Civil Veterinary Department. United Provinces 1912-22 - 1912-1922
Year: 1912
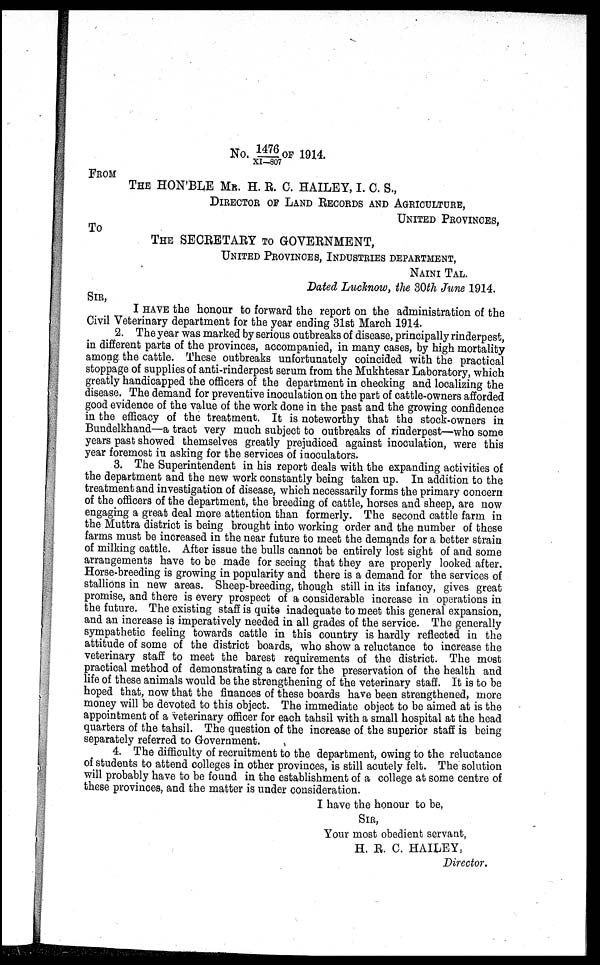
No. 1476/XI-807 OF 1914.
FROM
THE HON'BLE MR. H. E. C. HAILEY, I. C. S.,
DIRECTOR OF LAND RECORDS AND AGRICULTURE,
UNITED PROVNCE,
TO
THE SECRETARY TO GOVERNMENT,
UNITED PROVINCE, INDUSTRIES DEPARTMENT,
NAINI TAL.
Dated Lucknow, the 30th June 1914.
SIR,
I HAVE the honour to forward the report on the administration of the
Civil Veterinary department for the year ending 31st March 1914.
2. The year was marked by serious outbreaks of disease, principally rinderpest,
in different parts of the provinces, accompanied, in many cases, by high mortality
among the cattle. These outbreaks unfortunately coincided with the practical
stoppage of supplies of anti-rinderpest serum from the Mukhtesar Laboratory, which
greatly handicapped the officers of the department in checking and localizing the
disease. The demand for preventive inoculation on the part of cattle-owners afforded
good evidence of the value of the work done in the past and the growing confidence
in the efficacy of the treatment. It is noteworthy that the stock-owners in
Bundelkhand—a tract very much subject to outbreaks of rinderpest—who some
years past showed themselves greatly prejudiced against inoculation, were this
year foremost in asking for the services of inoculators.
3. The Superintendent in his report deals with the expanding activities of
the department and the new work constantly being taken up. In addition to the
treatment and investigation of disease, which necessarily forms the primary concern
of the officers of the department, the breeding of cattle, horses and sheep, are now
engaging a great deal more attention than formerly. The second cattle farm in
the Muttra district is being brought into working order and the number of these
farms must be increased in the near future to meet the demands for a better strain
of milking cattle. After issue the bulls cannot be entirely lost sight of and some
arrangements have to be made for seeing that they are properly looked after.
Horse-breeding is growing in popularity and there is a demand for the services of
stallions in new areas. Sheep-breeding, though still in its infancy, gives great
promise, and there is every prospect of a considerable increase in operations in
the future. The existing staff is quite inadequate to meet this general expansion,
and an increase is imperatively needed in all grades of the service. The generally
sympathetic feeling towards cattle in this country is hardly reflected in the
attitude of some of the district boards, who show a reluctance to increase the
veterinary staff to meet the barest requirements of the district. The most
practical method of demonstrating a care for the preservation of the health and
life of these animals would be the strengthening of the veterinary staff. It is to be
hoped that, now that the finances of these boards have been strengthened, more
money will be devoted to this object. The immediate object to be aimed at is the
appointment of a veterinary officer for each tahsil with a small hospital at the head
quarters of the tahsil. The question of the increase of the superior staff is being
separately referred to Government.
4. The difficulty of recruitment to the department, owing to the reluctance
of students to attend colleges in other provinces, is still acutely felt. The solution
will probably have to be found in the establishment of a college at some centre of
these provinces, and the matter is under consideration.
I have the honour to be,
SIR,
Your most obedient servant,
H. R. C. HAILEY
Director.